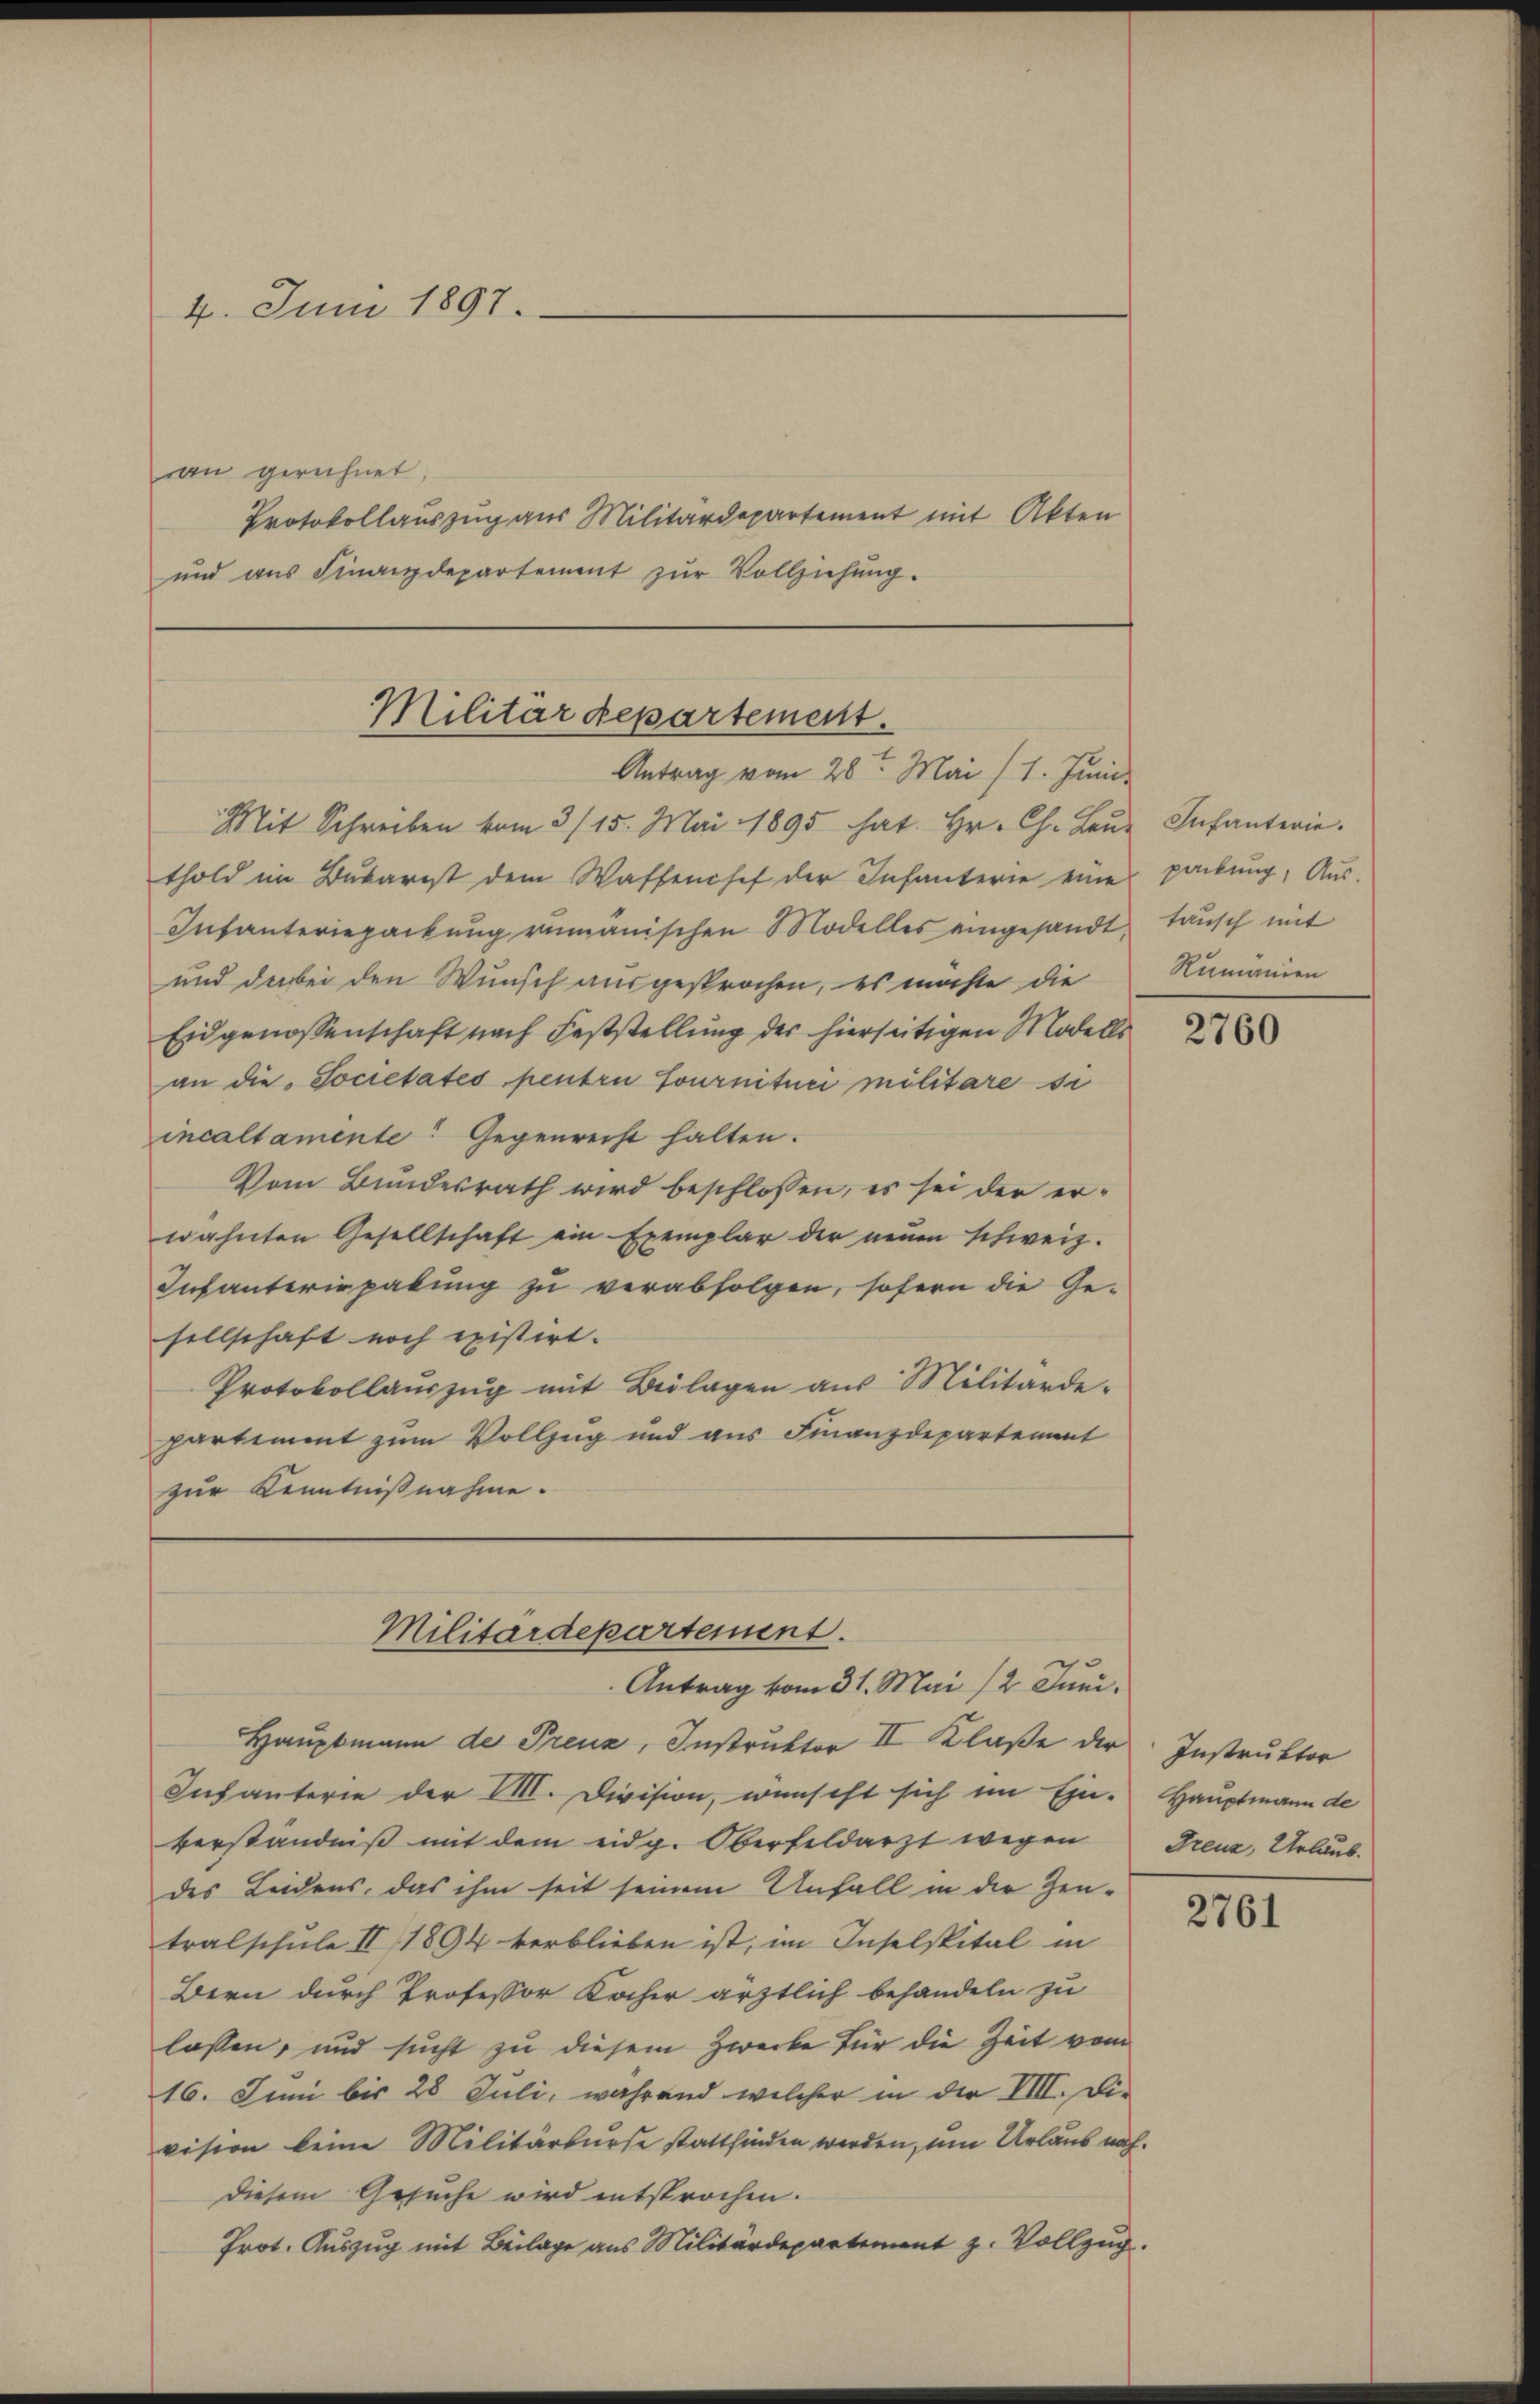
4. Juni 1897.

an gerichnet;
Protokollauszug aus Militärdepartement mit Akten
und aus Finanzdepartement zur Vollziehung.

Mit Schreiben vom 3/15. Mai 1895 hat Hr. Ch. Leŭe Infanterie.
thold im Bŭkarist dem Waffensef der Infanterie eine packŭng, Aŭs-
Infanteriepackung rumänischen Modelles eingesandt,
und dabei den Wunsch ausgesprochen, es möchte die
Eidgenossenschaft nach Feststellung der hierseitigen Modells
an die Societates pentre fournituri militare si
incaltamente: Gegenrecht halten.
Vom Bundesrath wird beschlossen, es sei der erwähnten Gesellschaft ein Exemplar der neŭen schweiz.
Infanteriepakung zu verabfolgen, sofern die Gesellschaft noch existirt.
Protokollauszug mit Beilagen aus Militärdepartiment zum Vollzug und aus Finanzdepartement
zur Kenntnißnahme.

Hauptmann de Preuz, Instruktor II Klaße der Instruktor
Infanterie der VIII. Division, wünscht sich im Ein- Hauptmann de
verständniß mit dem eidg. Oberfeldarzt wegen Greuz, Urlaub.
des Leidens, das ihm seit seinem Unfall in die Zeutralschule II (1894 verblieben ist, im Inselspital in
Bern durch Professor Kocher ärztlich behandeln zu
lassen, und sucht zu diesem Zwecke für die Zeit vom
16. Juni bis 28 Juli, während welcher in der VIII. Division keine Militärkurse stattfinden werden, um Urlaub nach¬
Diesem Gesuche wird entsprochen.
Prot. Auszug mit Beilage aus Militärdepartement z. Vollzug.

Militärdepartement.
Antrag vom 28ten Mai (1. Juni.

Militärdepartement.
Antrag vom 31. Mai 12 Juni.

tausch mit
Rumänien

2760

2761